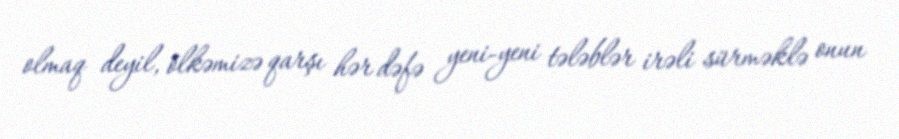
olmaq deyil, ölkəmizə qarşı hər dəfə yeni-yeni tələblər irəli sürməklə onun